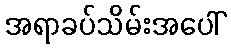
အရာခပ်သိမ်းအပေါ်